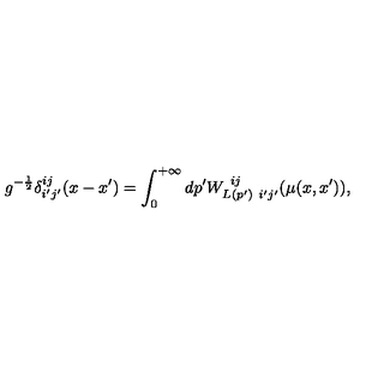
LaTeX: g ^ { - { \frac { 1 } { 2 } } } \delta _ { i ^ { \prime } j ^ { \prime } } ^ { i j } ( x - x ^ { \prime } ) = \int _ { 0 } ^ { + \infty } d p ^ { \prime } W _ { L ( p ^ { \prime } ) \ i ^ { \prime } j ^ { \prime } } ^ { \ i j } ( \mu ( x , x ^ { \prime } ) ) ,